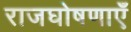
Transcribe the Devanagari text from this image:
राजघोषणाएँ